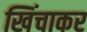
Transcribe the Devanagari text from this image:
खिंचाकर